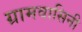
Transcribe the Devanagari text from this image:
ग्रामवासिनी